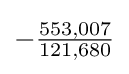
-{\tfrac {553,007}{121,680}}